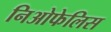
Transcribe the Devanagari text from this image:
निओफेलिस